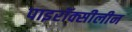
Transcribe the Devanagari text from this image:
पाइरॉक्सीलीन